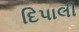
દિપાલી